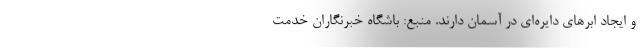
و ایجاد ابر‌های دایره‌ای در آسمان دارند. منبع: باشگاه خبرنگاران خدمت